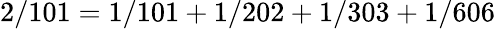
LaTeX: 2/101=1/101+1/202+1/303+1/606